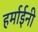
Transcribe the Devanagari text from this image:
हर्माईनी